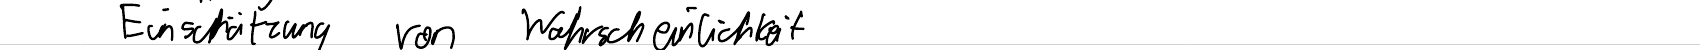
Einschätzung von Wahrscheinlichkeit